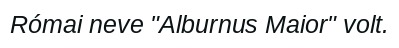
Római neve "Alburnus Maior" volt.